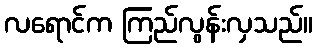
လရောင်က ကြည်လွန်းလှသည်။